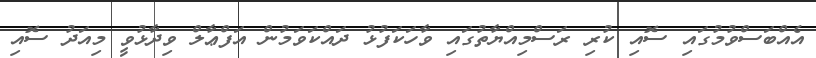
އެއްބަސްވުމުގައި ސޮއި ކުރި ރަސްމިއްޔާތުގައި ވާހަކަފުޅު ދައްކަވަމުން އަފްޢާލް ވިދާޅުވީ މިއަދު ސޮއި